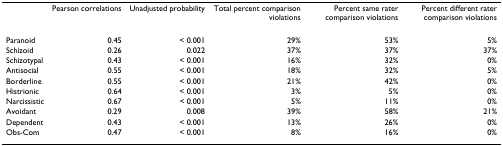
<table><thead><tr><td></td><td><b>Pearson correlations</b></td><td><b>Unadjusted probability</b></td><td><b>Total percent comparison violations</b></td><td><b>Percent same rater comparison violations</b></td><td><b>Percent different rater comparison violations</b></td></tr></thead><tbody><tr><td>Paranoid</td><td>0.45</td><td>&lt; 0.001</td><td>29%</td><td>53%</td><td>5%</td></tr><tr><td>Schizoid</td><td>0.26</td><td>0.022</td><td>37%</td><td>37%</td><td>37%</td></tr><tr><td>Schizotypal</td><td>0.43</td><td>&lt; 0.001</td><td>16%</td><td>32%</td><td>0%</td></tr><tr><td>Antisocial</td><td>0.55</td><td>&lt; 0.001</td><td>18%</td><td>32%</td><td>5%</td></tr><tr><td>Borderline</td><td>0.55</td><td>&lt; 0.001</td><td>21%</td><td>42%</td><td>0%</td></tr><tr><td>Histrionic</td><td>0.64</td><td>&lt; 0.001</td><td>3%</td><td>5%</td><td>0%</td></tr><tr><td>Narcissistic</td><td>0.67</td><td>&lt; 0.001</td><td>5%</td><td>11%</td><td>0%</td></tr><tr><td>Avoidant</td><td>0.29</td><td>0.008</td><td>39%</td><td>58%</td><td>21%</td></tr><tr><td>Dependent</td><td>0.43</td><td>&lt; 0.001</td><td>13%</td><td>26%</td><td>0%</td></tr><tr><td>Obs-Com</td><td>0.47</td><td>&lt; 0.001</td><td>8%</td><td>16%</td><td>0%</td></tr></tbody></table>